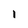
Character: I